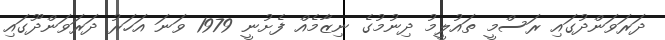
ދަރަވަންދުގައި ރަސްމީ ތައުލީމު ދިނުމުގެ ނިޒާމެއް ފެށުނީ 1979 ވަނަ އަހަރު ދަރަވަންދޫގައި